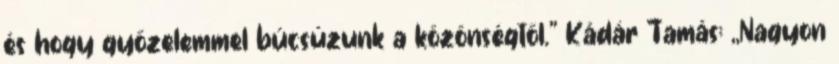
és hogy győzelemmel búcsúzunk a közönségtől.” Kádár Tamás: ,,Nagyon